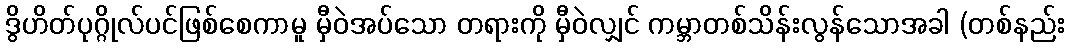
ဒွိဟိတ်ပုဂ္ဂိုလ်ပင်ဖြစ်စေကာမူ မှီဝဲအပ်သော တရားကို မှီဝဲလျှင် ကမ္ဘာတစ်သိန်းလွန်သောအခါ (တစ်နည်း